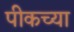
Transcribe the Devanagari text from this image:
पीकच्या